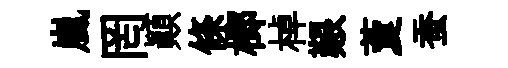
嵐罔顚條榔棹艱藑蚕